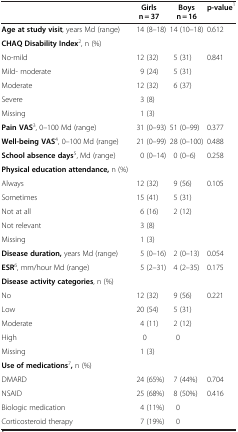
<table><thead><tr><td><b> </b></td><td><b>Girls n = 37</b></td><td><b>Boys n = 16</b></td><td><b>p-value<sup>1</sup></b></td></tr></thead><tbody><tr><td><b>Age at study visit</b>, years Md (range)</td><td> 14 (8–18)</td><td>14 (10–18)</td><td>0.612</td></tr><tr><td><b>CHAQ Disability Index</b><sup>2</sup>, n (%)</td><td> </td><td> </td><td> </td></tr><tr><td>No-mild</td><td>12 (32)</td><td>5 (31)</td><td>0.841</td></tr><tr><td>Mild- moderate</td><td> 9 (24)</td><td>5 (31)</td><td> </td></tr><tr><td>Moderate</td><td>12 (32)</td><td>6 (37)</td><td> </td></tr><tr><td>Severe</td><td>3 (8)</td><td> </td><td> </td></tr><tr><td>Missing</td><td>1 (3)</td><td> </td><td> </td></tr><tr><td><b>Pain VAS</b><sup>3</sup>, 0–100 Md (range)</td><td>31 (0–93)</td><td>51 (0–99)</td><td>0.377</td></tr><tr><td><b>Well-being VAS</b><sup>4</sup>, 0–100 Md (range)</td><td>21 (0–99)</td><td>28 (0–100)</td><td>0.488</td></tr><tr><td><b>School absence days</b><sup>5</sup>, Md (range)</td><td>0 (0–14)</td><td>0 (0–6)</td><td>0.258</td></tr><tr><td><b>Physical education attendance,</b> n (%)</td><td> </td><td> </td><td> </td></tr><tr><td>Always</td><td>12 (32)</td><td>9 (56)</td><td>0.105</td></tr><tr><td>Sometimes</td><td>15 (41)</td><td>5 (31)</td><td> </td></tr><tr><td>Not at all</td><td> 6 (16)</td><td>2 (12)</td><td> </td></tr><tr><td>Not relevant</td><td>3 (8)</td><td> </td><td> </td></tr><tr><td>Missing</td><td>1 (3)</td><td> </td><td> </td></tr><tr><td><b>Disease duration,</b> years Md (range)</td><td>5 (0–16)</td><td>2 (0–13)</td><td>0.054</td></tr><tr><td><b>ESR</b><sup>6</sup>, mm/hour Md (range)</td><td>5 (2–31)</td><td>4 (2–35)</td><td>0.175</td></tr><tr><td><b>Disease activity categories</b>, n (%)</td><td> </td><td> </td><td> </td></tr><tr><td>No</td><td>12 (32)</td><td>9 (56)</td><td>0.221</td></tr><tr><td>Low</td><td>20 (54)</td><td>5 (31)</td><td> </td></tr><tr><td>Moderate</td><td>4 (11)</td><td>2 (12)</td><td> </td></tr><tr><td>High</td><td>0</td><td>0</td><td> </td></tr><tr><td>Missing</td><td>1 (3)</td><td> </td><td> </td></tr><tr><td><b>Use of medications</b><sup>7</sup><b>,</b> n (%)</td><td> </td><td> </td><td> </td></tr><tr><td>DMARD</td><td>24 (65%)</td><td>7 (44%)</td><td>0.704</td></tr><tr><td>NSAID</td><td>25 (68%)</td><td>8 (50%)</td><td>0.416</td></tr><tr><td>Biologic medication</td><td>4 (11%)</td><td>0</td><td> </td></tr><tr><td>Corticosteroid therapy</td><td>7 (19%)</td><td>0</td><td> </td></tr></tbody></table>